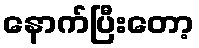
နောက်ပြီးတော့